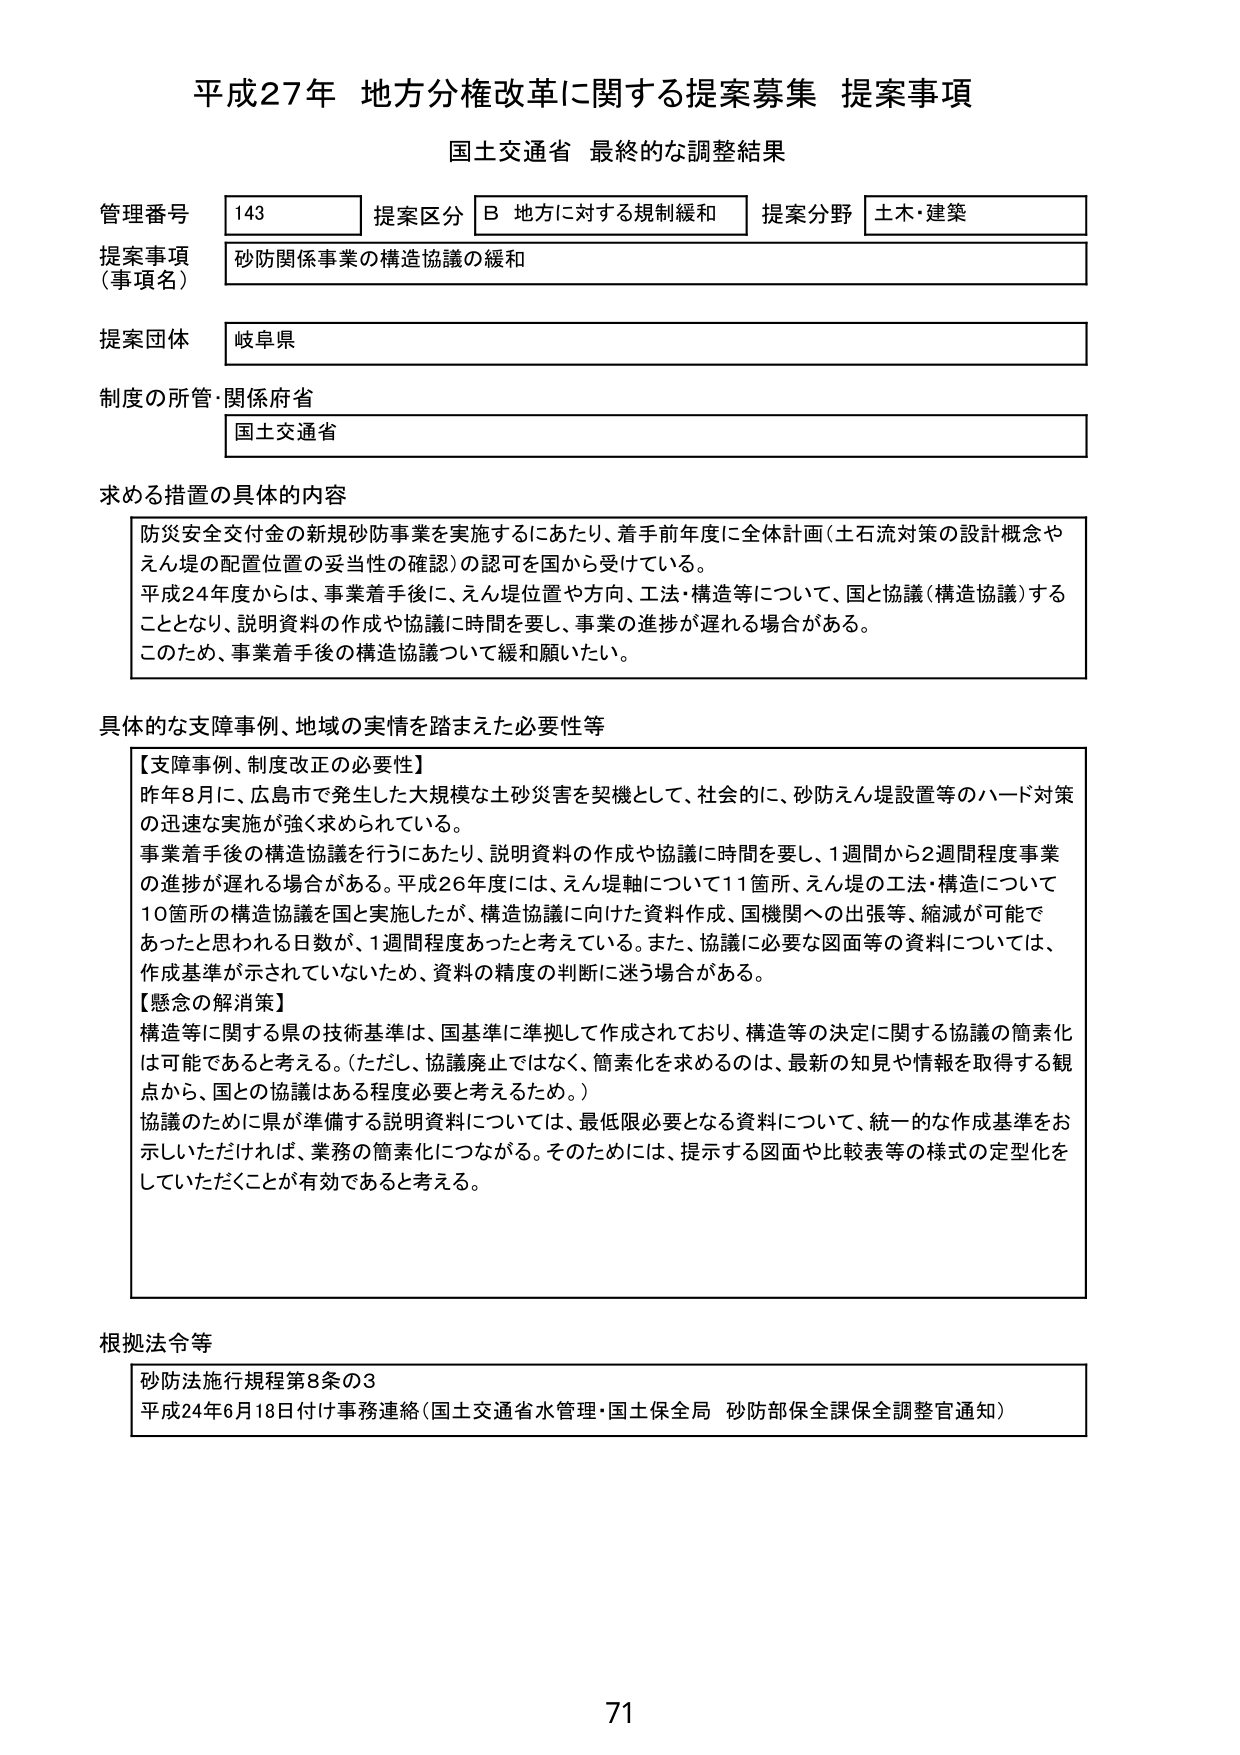
平成27年 地方分権改革に関する提案募集 提案事項
国土交通省 最終的な調整結果

管理番号 143 提案区分 B 地方に対する規制緩和 提案分野 土木・建築
提案事項（事項名） 砂防関係事業の構造協議の緩和
提案団体 岐阜県
制度の所管・関係府省 国土交通省

求める措置の具体的内容
防災安全交付金の新規砂防事業を実施するにあたり、着手前年度に全体計画（土石流対策の設計概念やえん堤の配置位置の妥当性の確認）の認可を国から受けている。
平成24年度からは、事業着手後に、えん堤位置や方向、工法・構造等について、国と協議（構造協議）することとなり、説明資料の作成や協議に時間を要し、事業の進捗が遅れる場合がある。
このため、事業着手後の構造協議について緩和願いたい。

具体的な支援事例、地域の実情を踏まえた必要性等
【支援事例、制度改正の必要性】
昨年8月に、広島市で発生した大規模な土砂災害を契機として、社会的に、砂防えん堤設置等のハード対策の迅速な実施が強く求められている。
事業着手後の構造協議を行うにあたり、説明資料の作成や協議に時間を要し、1週間から2週間程度事業の進捗が遅れる場合がある。平成26年度には、えん堤軸について11箇所、えん堤の工法・構造について10箇所の構造協議を国と実施したが、構造協議に向けた資料作成、国機関への出張等、縮減が可能であったと思われる日数が、1週間程度あったと考えている。また、協議に必要な図面等の資料については、作成基準が示されていないため、資料の精度の判断に迷う場合がある。
【懸念の解消策】
構造等に関する県の技術基準は、国基準に準拠して作成されており、構造等の決定に関する協議の簡素化は可能であると考える。（ただし、協議廃止ではなく、簡素化を求めるのは、最新の知見や情報を取得する観点から、国との協議はある程度必要と考えるため。）
協議のために県が準備する説明資料については、最低限必要となる資料について、統一的な作成基準をお示しいただければ、業務の簡素化につながる。そのためには、提示する図面や比較表等の様式の定型化をしていただくことが有効であると考える。

根拠法令等
砂防法施行規程第8条の3
平成24年6月18日付け事務連絡（国土交通省水管理・国土保全局 砂防部保全課保全調整官通知）

71